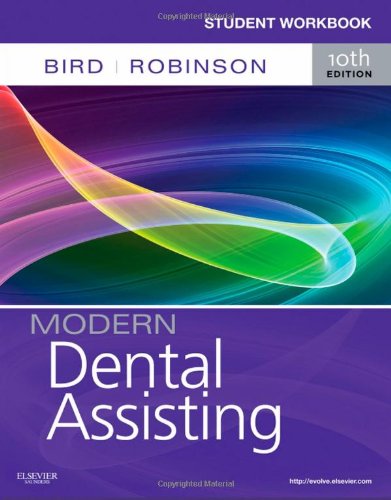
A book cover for Student Workbook for Modern Dental Assisting, 10e; Doni L. Bird; Medical Books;